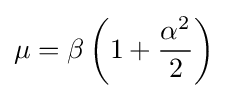
\mu =\beta \left(1+{\frac {\alpha ^{2}}{2}}\right)